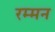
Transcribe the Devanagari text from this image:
रम्मन